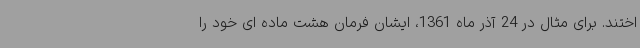
اختند. برای مثال در 24 آذر ماه 1361، ایشان فرمان هشت ماده ای خود را